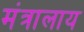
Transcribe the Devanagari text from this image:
मंत्रालाय